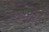
અરર